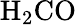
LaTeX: \mathrm{H_{2}CO}